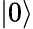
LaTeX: \lvert 0\rangle